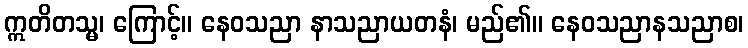
ဣတိတသ္မ၊ ကြောင့်။ နေဝသညာ နာသညာယတနံ၊ မည်၏။ နေဝသညာနသညာစ၊